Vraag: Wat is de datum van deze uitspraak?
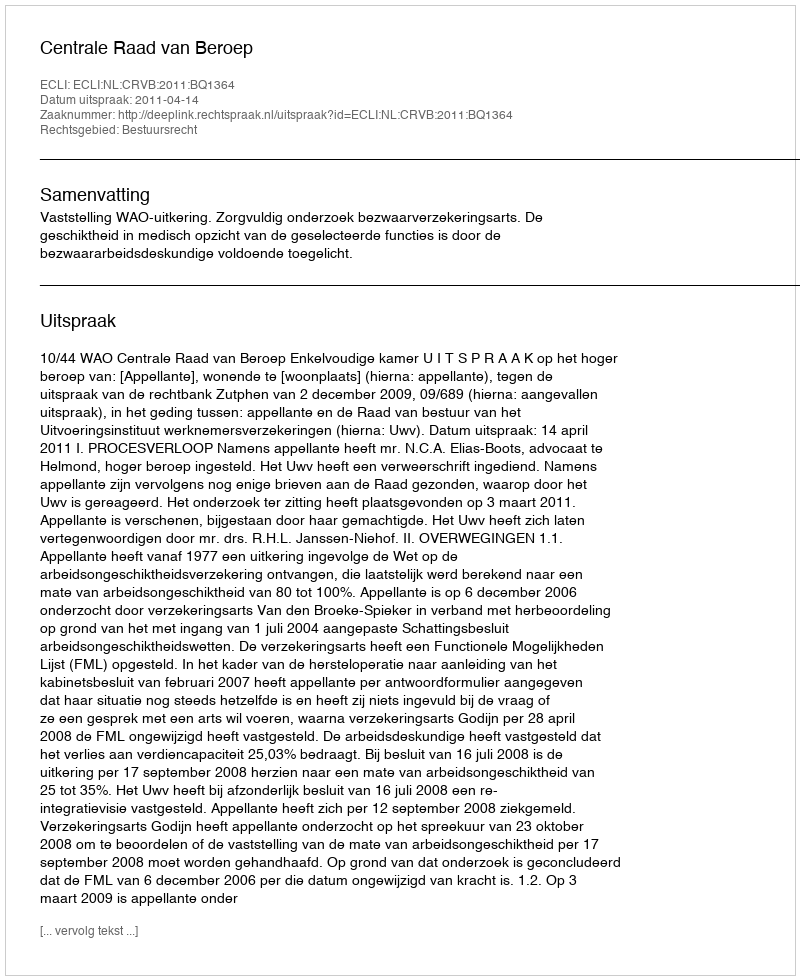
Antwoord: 2011-04-14